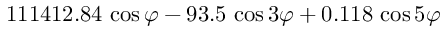
1 1 1 4 1 2 . 8 4 \, \cos \varphi - 9 3 . 5 \, \cos 3 \varphi + 0 . 1 1 8 \, \cos 5 \varphi